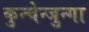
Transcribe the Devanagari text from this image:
कुन्चेन्जुन्गा